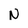
Character: N